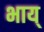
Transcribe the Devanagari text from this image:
भाय्